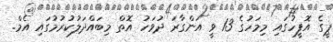
ޕީގެ އޮފީހުގައި މިމަހުގެ 13 ވީ އަންގާރަ ދުވަހު އޮތް މިބައްދަލުކުރުމުގައި އެމް.